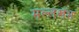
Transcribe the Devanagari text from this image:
मल्लखंभ